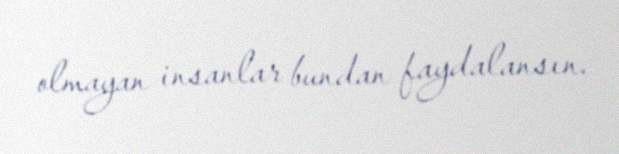
olmayan insanlar bundan faydalansın.